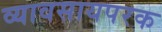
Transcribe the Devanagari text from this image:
व्यावसायपरक